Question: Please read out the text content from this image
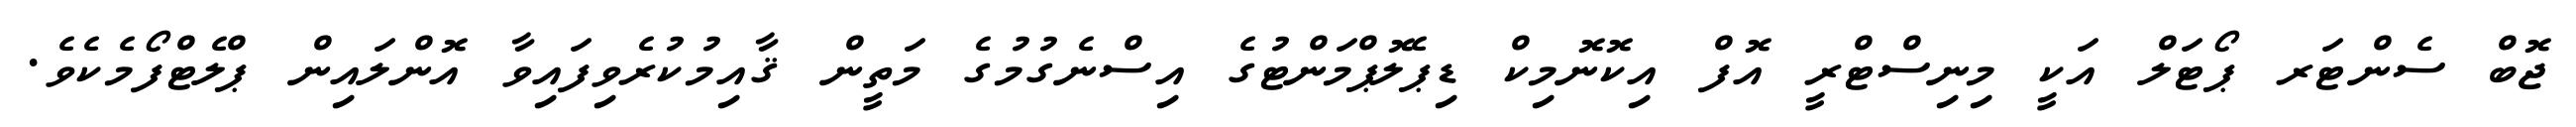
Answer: ޖޮބް ސެންޓަރ ޕޯޓަލް އަކީ މިނިސްޓްރީ އޮފް އިކޮނޮމިކް ޑިޕެލޮޕްމަންޓުގެ އިސްނެގުމުގެ މަތީން ޤާއިމުކުރެވިފައިވާ އޮންލައިން ޕްލެޓްފޯމެކެވެ.